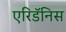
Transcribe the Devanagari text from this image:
एरिडॅनिस